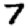
Digit: 7